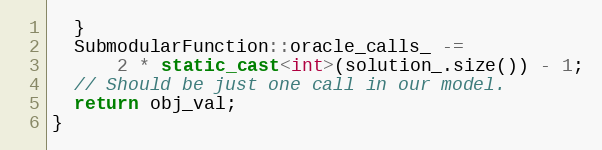
Language: C++
  }
  SubmodularFunction::oracle_calls_ -=
      2 * static_cast<int>(solution_.size()) - 1;
  // Should be just one call in our model.
  return obj_val;
}